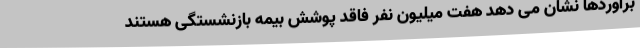
برآوردها نشان می دهد هفت میلیون نفر فاقد پوشش بیمه بازنشستگی هستند